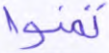
تمنوا